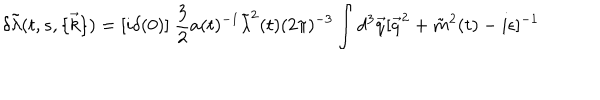
LaTeX: \delta \tilde { \lambda } ( t , s , \{ \vec { k } \} ) = [ i \delta ( 0 ) ] ~ \frac { 3 } { 2 } a ( t ) ^ { - 1 } \tilde { \lambda } ^ { 2 } ( t ) ( 2 \pi ) ^ { - 3 } \int d ^ { 3 } \vec { q } [ \vec { q } ^ { 2 } + \tilde { m } ^ { 2 } ( t ) - i \epsilon ] ^ { - 1 }